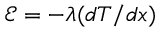
{ \mathcal E } = - \lambda ( d T / d x )